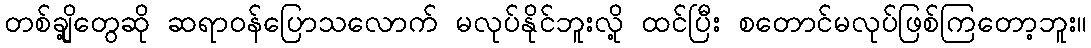
တစ်ချို့တွေဆို ဆရာဝန်ပြောသလောက် မလုပ်နိုင်ဘူးလို့ ထင်ပြီး စတောင်မလုပ်ဖြစ်ကြတော့ဘူး။